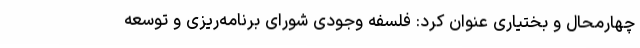
چهارمحال و بختیاری عنوان کرد: فلسفه وجودی شورای برنامه‌ریزی و توسعه